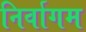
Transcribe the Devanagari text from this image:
निर्वागम